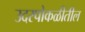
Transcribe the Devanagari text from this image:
उदरपोकळीतील